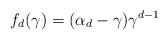
LaTeX: \begin{align*}f_d(\gamma) = (\alpha_d - \gamma)\gamma^{d - 1}\end{align*}